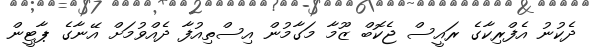
ދެކުނު އެފްރިކާގެ ރައީސް ޖެކޮބް ޒޫމާ މަގާމުން އިސްތިއުފާ ދެއްވުމަށް އޭނާގެ ޕާޓީން